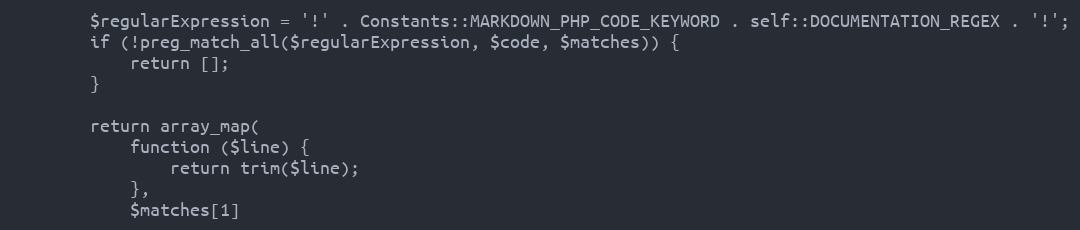
Language: PHP
        $regularExpression = '!' . Constants::MARKDOWN_PHP_CODE_KEYWORD . self::DOCUMENTATION_REGEX . '!';
        if (!preg_match_all($regularExpression, $code, $matches)) {
            return [];
        }

        return array_map(
            function ($line) {
                return trim($line);
            },
            $matches[1]